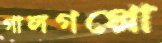
গালগপ্পো